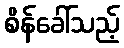
စိန်ခေါ်သည့်